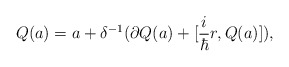
\begin{align*}Q(a) = a + \delta^{-1} ( \partial Q(a) + [ \frac{i}{\hbar} r, Q(a)] ) ,\end{align*}